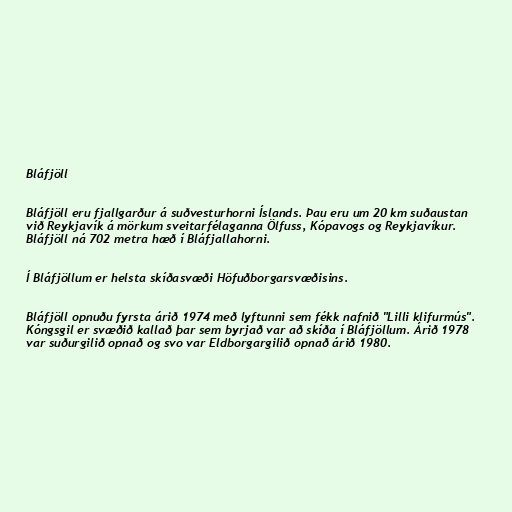
Bláfjöll

Bláfjöll eru fjallgarður á suðvesturhorni Íslands. Þau eru um 20 km suðaustan
við Reykjavík á mörkum sveitarfélaganna Ölfuss, Kópavogs og Reykjavíkur.
Bláfjöll ná 702 metra hæð í Bláfjallahorni.

Í Bláfjöllum er helsta skíðasvæði Höfuðborgarsvæðisins.

Bláfjöll opnuðu fyrsta árið 1974 með lyftunni sem fékk nafnið "Lilli klifurmús".
Kóngsgil er svæðið kallað þar sem byrjað var að skíða í Bláfjöllum. Árið 1978
var suðurgilið opnað og svo var Eldborgargilið opnað árið 1980.